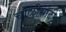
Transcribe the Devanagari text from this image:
चोळीसाठी